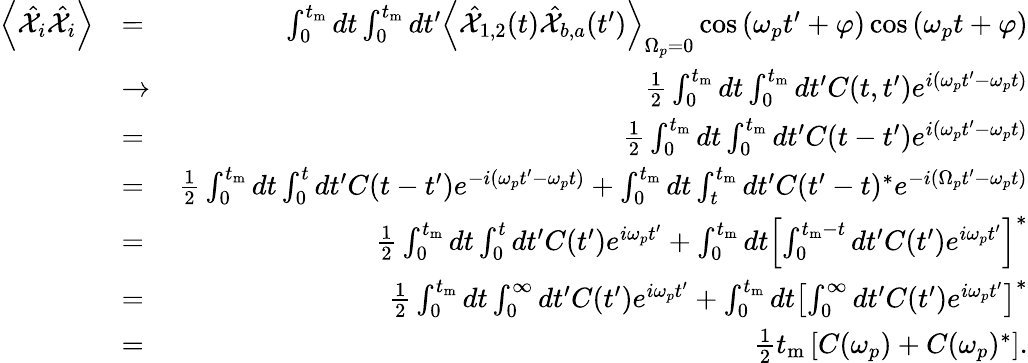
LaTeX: \begin{array}{rlr}{\left<\hat{\mathcal X}_{i}\hat{\mathcal X}_{i}\right>}&{=}&{\int_{0}^{t_{\mathrm{m}}}dt\int_{0}^{t_{\mathrm{m}}}dt^{\prime}\left<\hat{\mathcal X}_{1,2}(t)\hat{\mathcal X}_{b,a}(t^{\prime})\right>_{\Omega_{p}=0}\cos\left(\omega_{p}t^{\prime}+\varphi\right)\cos\left(\omega_{p}t+\varphi\right)}\\ &{\rightarrow}&{\frac{1}{2}\int_{0}^{t_{\mathrm{m}}}dt\int_{0}^{t_{\mathrm{m}}}dt^{\prime}C(t,t^{\prime})e^{i\left(\omega_{p}t^{\prime}-\omega_{p}t\right)}}\\ &{=}&{\frac{1}{2}\int_{0}^{t_{\mathrm{m}}}dt\int_{0}^{t_{\mathrm{m}}}dt^{\prime}C(t-t^{\prime})e^{i\left(\omega_{p}t^{\prime}-\omega_{p}t\right)}}\\ &{=}&{\frac{1}{2}\int_{0}^{t_{\mathrm{m}}}dt\int_{0}^{t}dt^{\prime}C(t-t^{\prime})e^{-i\left(\omega_{p}t^{\prime}-\omega_{p}t\right)}+\int_{0}^{t_{\mathrm{m}}}dt\int_{t}^{t_{\mathrm{m}}}dt^{\prime}C(t^{\prime}-t)^{*}e^{-i\left(\Omega_{p}t^{\prime}-\omega_{p}t\right)}}\\ &{=}&{\frac{1}{2}\int_{0}^{t_{\mathrm{m}}}dt\int_{0}^{t}dt^{\prime}C(t^{\prime})e^{i\omega_{p}t^{\prime}}+\int_{0}^{t_{\mathrm{m}}}dt\left[\int_{0}^{t_{\mathrm{m}}-t}dt^{\prime}C(t^{\prime})e^{i\omega_{p}t^{\prime}}\right]^{*}}\\ &{=}&{\frac{1}{2}\int_{0}^{t_{\mathrm{m}}}dt\int_{0}^{\infty}dt^{\prime}C(t^{\prime})e^{i\omega_{p}t^{\prime}}+\int_{0}^{t_{\mathrm{m}}}dt\left[\int_{0}^{\infty}dt^{\prime}C(t^{\prime})e^{i\omega_{p}t^{\prime}}\right]^{*}}\\ &{=}&{\frac{1}{2}t_{\mathrm{m}}\left[C(\omega_{p})+C(\omega_{p})^{*}\right].}\end{array}